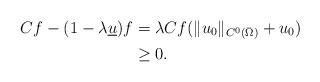
LaTeX: \begin{align*} Cf-(1-\lambda\underline u)f&=\lambda Cf(\Vert u_0 \Vert_{C^0(\bar \Omega)}+u_0)\\&\geq 0. \end{align*}